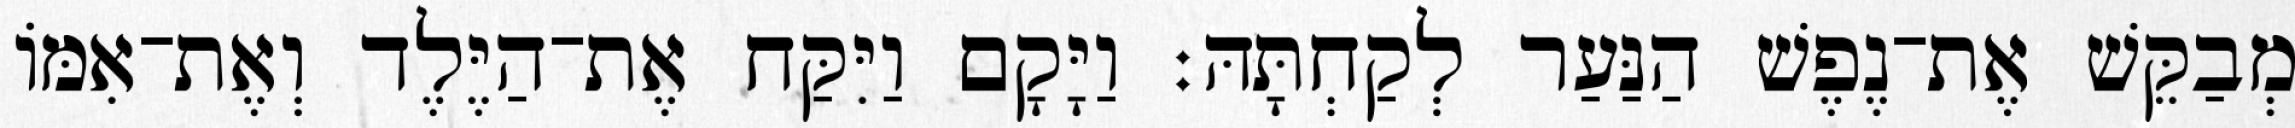
מְבַקֵּשׁ אֶת־נֶפֶשׁ הַנַּעַר לְקַחְתָּהּ׃ וַיָּקָם וַיִּקַּח אֶת־הַיֶּלֶד וְאֶת־אִמּוֹ